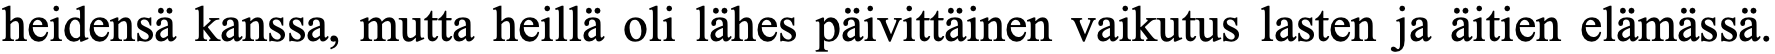
heidensä kanssa, mutta heillä oli lähes päivittäinen vaikutus lasten ja äitien elämässä.